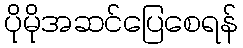
ပိုမိုအဆင်ပြေစေရန်